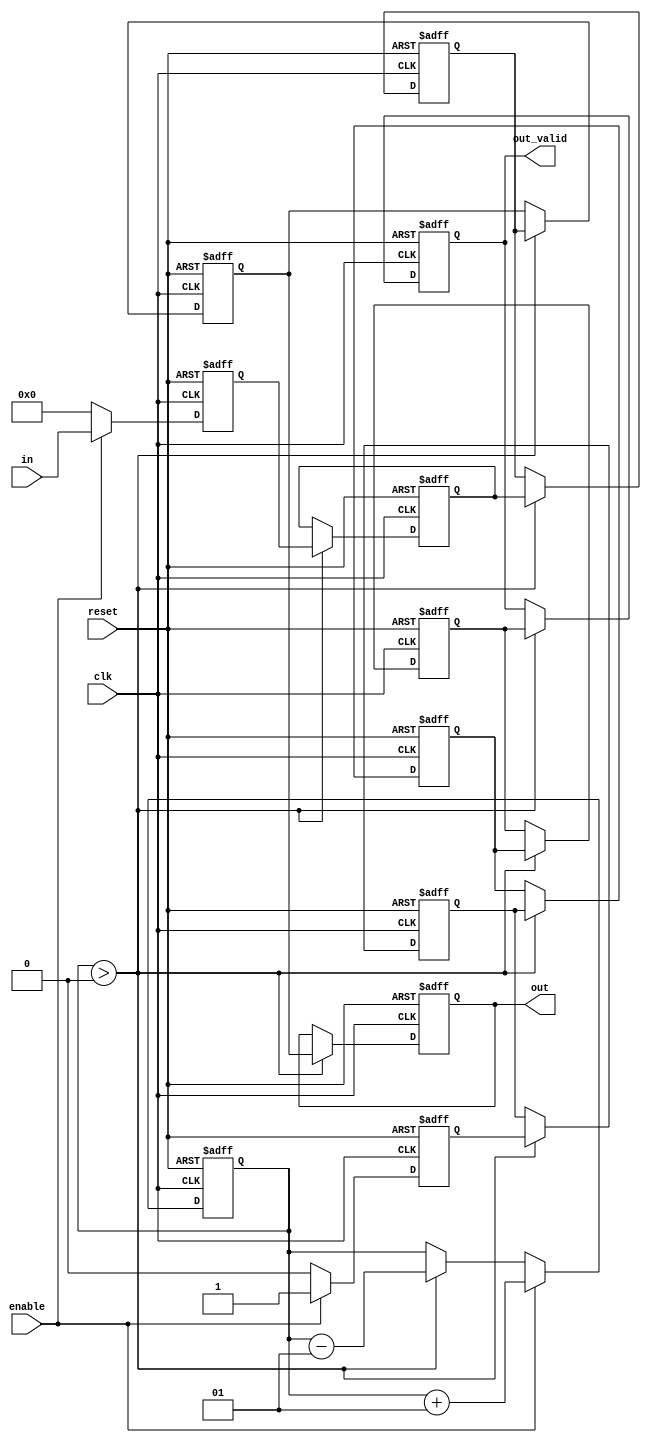
`timescale 1ns / 1ps
//////////////////////////////////////////////////////////////////////////////////
// Company:
//
// Design Name:
// Module Name: delay_unit
// Project Name:
// Target Devices:
// Tool Versions:
// Description:
//
// Dependencies:
//
// Revision:
// Revision 0.01 - File Created
// Additional Comments:
//
//////////////////////////////////////////////////////////////////////////////////


module delay_unit
#(parameter DW_DATA = 32,
  parameter W_SHIFT = 5,
  parameter DW_INT  = 32)
(
  input                   clk,
  input                   reset,
  input                   enable,
  input [DW_DATA-1:0]     in,
  output                  out_valid,
  output [DW_DATA-1:0]    out
);

  integer i;

  reg [DW_DATA-1:0] fifo_data [W_SHIFT-1:0];
  reg               fifo_flag [W_SHIFT-1:0];
  reg signed [DW_INT-1:0]  cnt;

  assign out = fifo_data[0];
  assign out_valid = fifo_flag[0];

  always @(posedge reset or posedge clk) begin
    if (reset) begin : init_block
      for (i=0; i<W_SHIFT; i=i+1) begin
        fifo_data[i] <= 0;
        fifo_flag[i] <= 0;
        cnt <= 0;
      end
    end
    else begin
      if (cnt > 0) begin
        cnt <= cnt - 1;
        for (i=0; i<W_SHIFT-1; i=i+1) begin
          fifo_data[i] <= fifo_data[i+1];
          fifo_flag[i] <= fifo_flag[i+1];
        end
      end
      if (enable) begin
        fifo_data[W_SHIFT-1] <= in;
        fifo_flag[W_SHIFT-1] <= 1'b1;
        cnt <= cnt + 1;
      end
      else begin
        fifo_data[W_SHIFT-1] <= 0;
        fifo_flag[W_SHIFT-1] <= 1'b0;
      end
    end
  end

endmodule